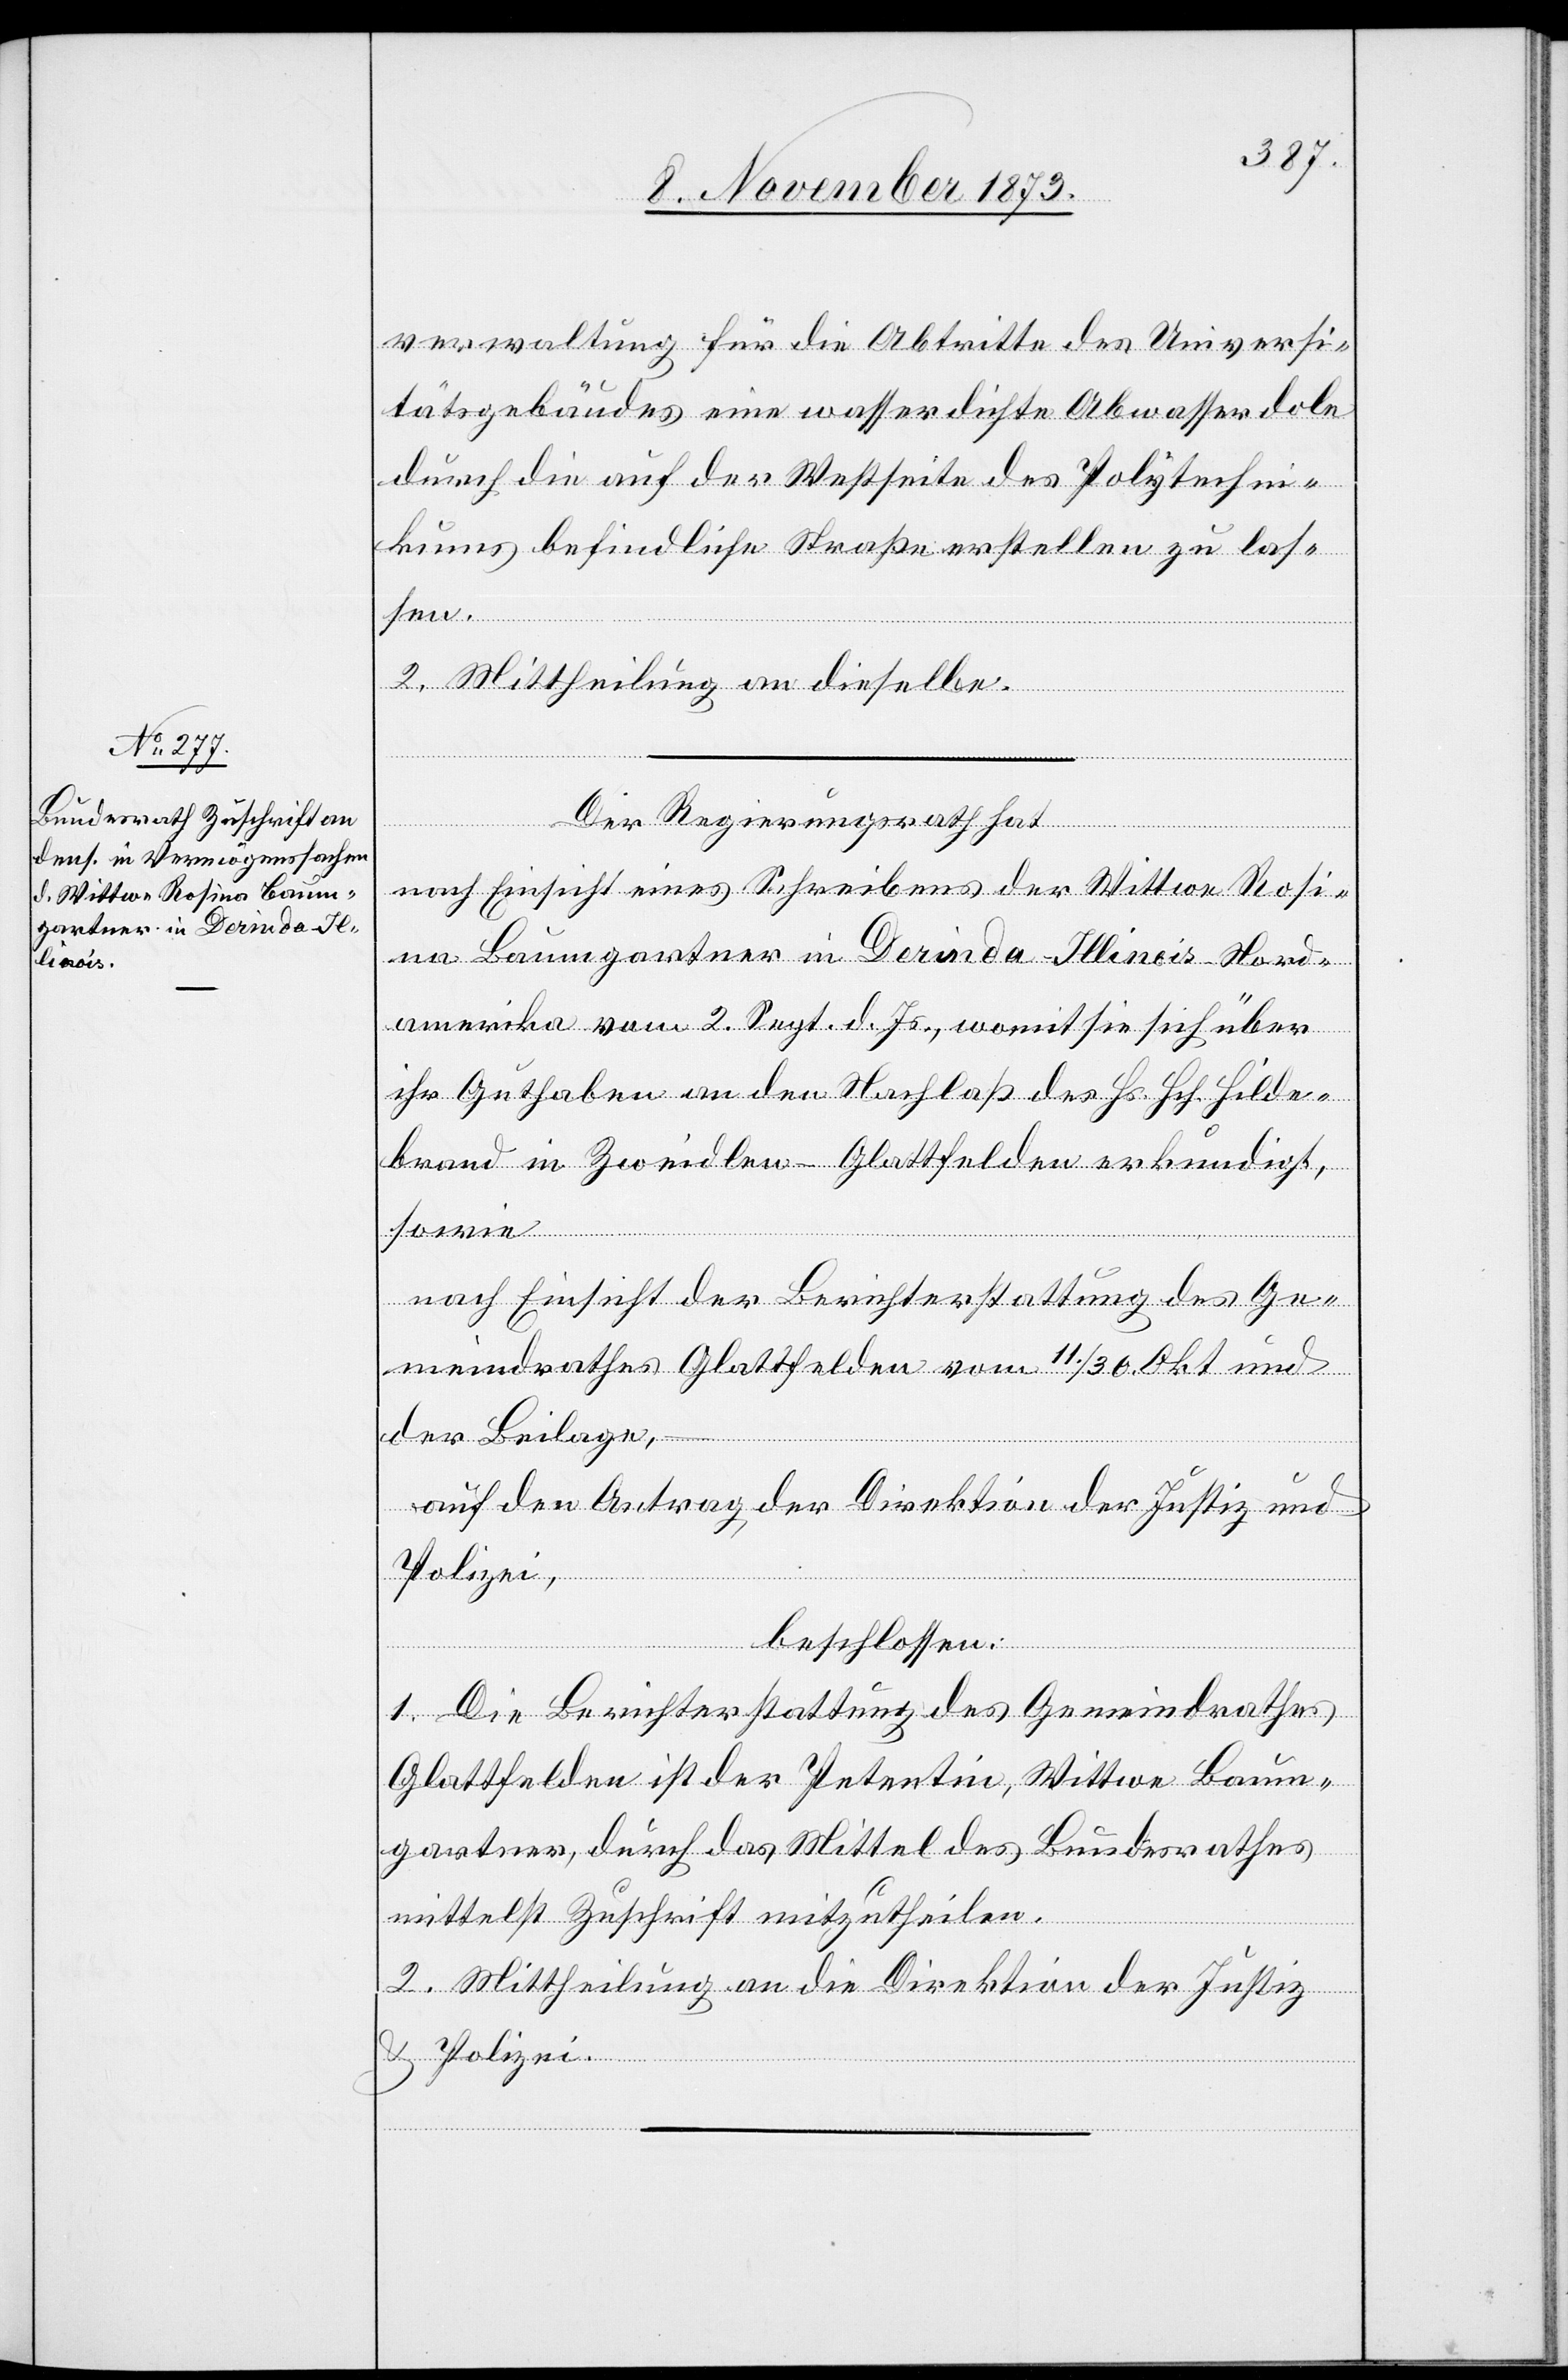
verwaltung für die Abtritte des Universi¬
tätsgebäudes eine wasserdichte Abwasserdole
durch die auf der Westseite des Polytechni¬
kums befindliche Straße erstellen zu las¬
sen.
2. Mittheilung an dieselbe.
Der Regierungsrath hat
nach Einsicht eines Schreibens der Wittwe Rosi¬
na Baumgartner in Derinda - Illinois - Nord¬
amerika vom 2. Sept. d. Js., womit sie sich über
ihr Guthaben an den Nachlaß des Hs. Hch. Hilde¬
brand in Zweidlen - Glattfelden erkundigt,
sowie
nach Einsicht der Berichterstattung des Ge¬
meindrathes Glattfelden vom 11./30. Okt und
der Beilage,
auf den Antrag der Direktion der Justiz und
Polizei.
beschlossen:
1. Die Berichterstattung des Gemeindrathes
Glattfelden ist der Petentin, Wittwe Baum¬
gartner, durch das Mittel des Bundesrathes
mittelst Zuschrift mitzutheilen.
2. Mittheilung an die Direktion der Justiz